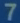
7